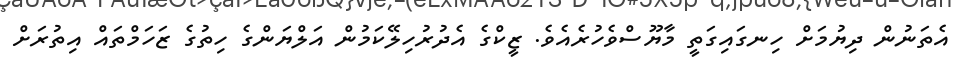
އެތަނުން ދިޔުމަށް ހިނގައިގަތީ މާޔޫސްވެހުރެއެވެ. ޒީކްގެ އެދުރުހިލޭކަމުން އަލްޔަންގެ ހިތުގެ ޒަހަމްތައް އިތުރަށް